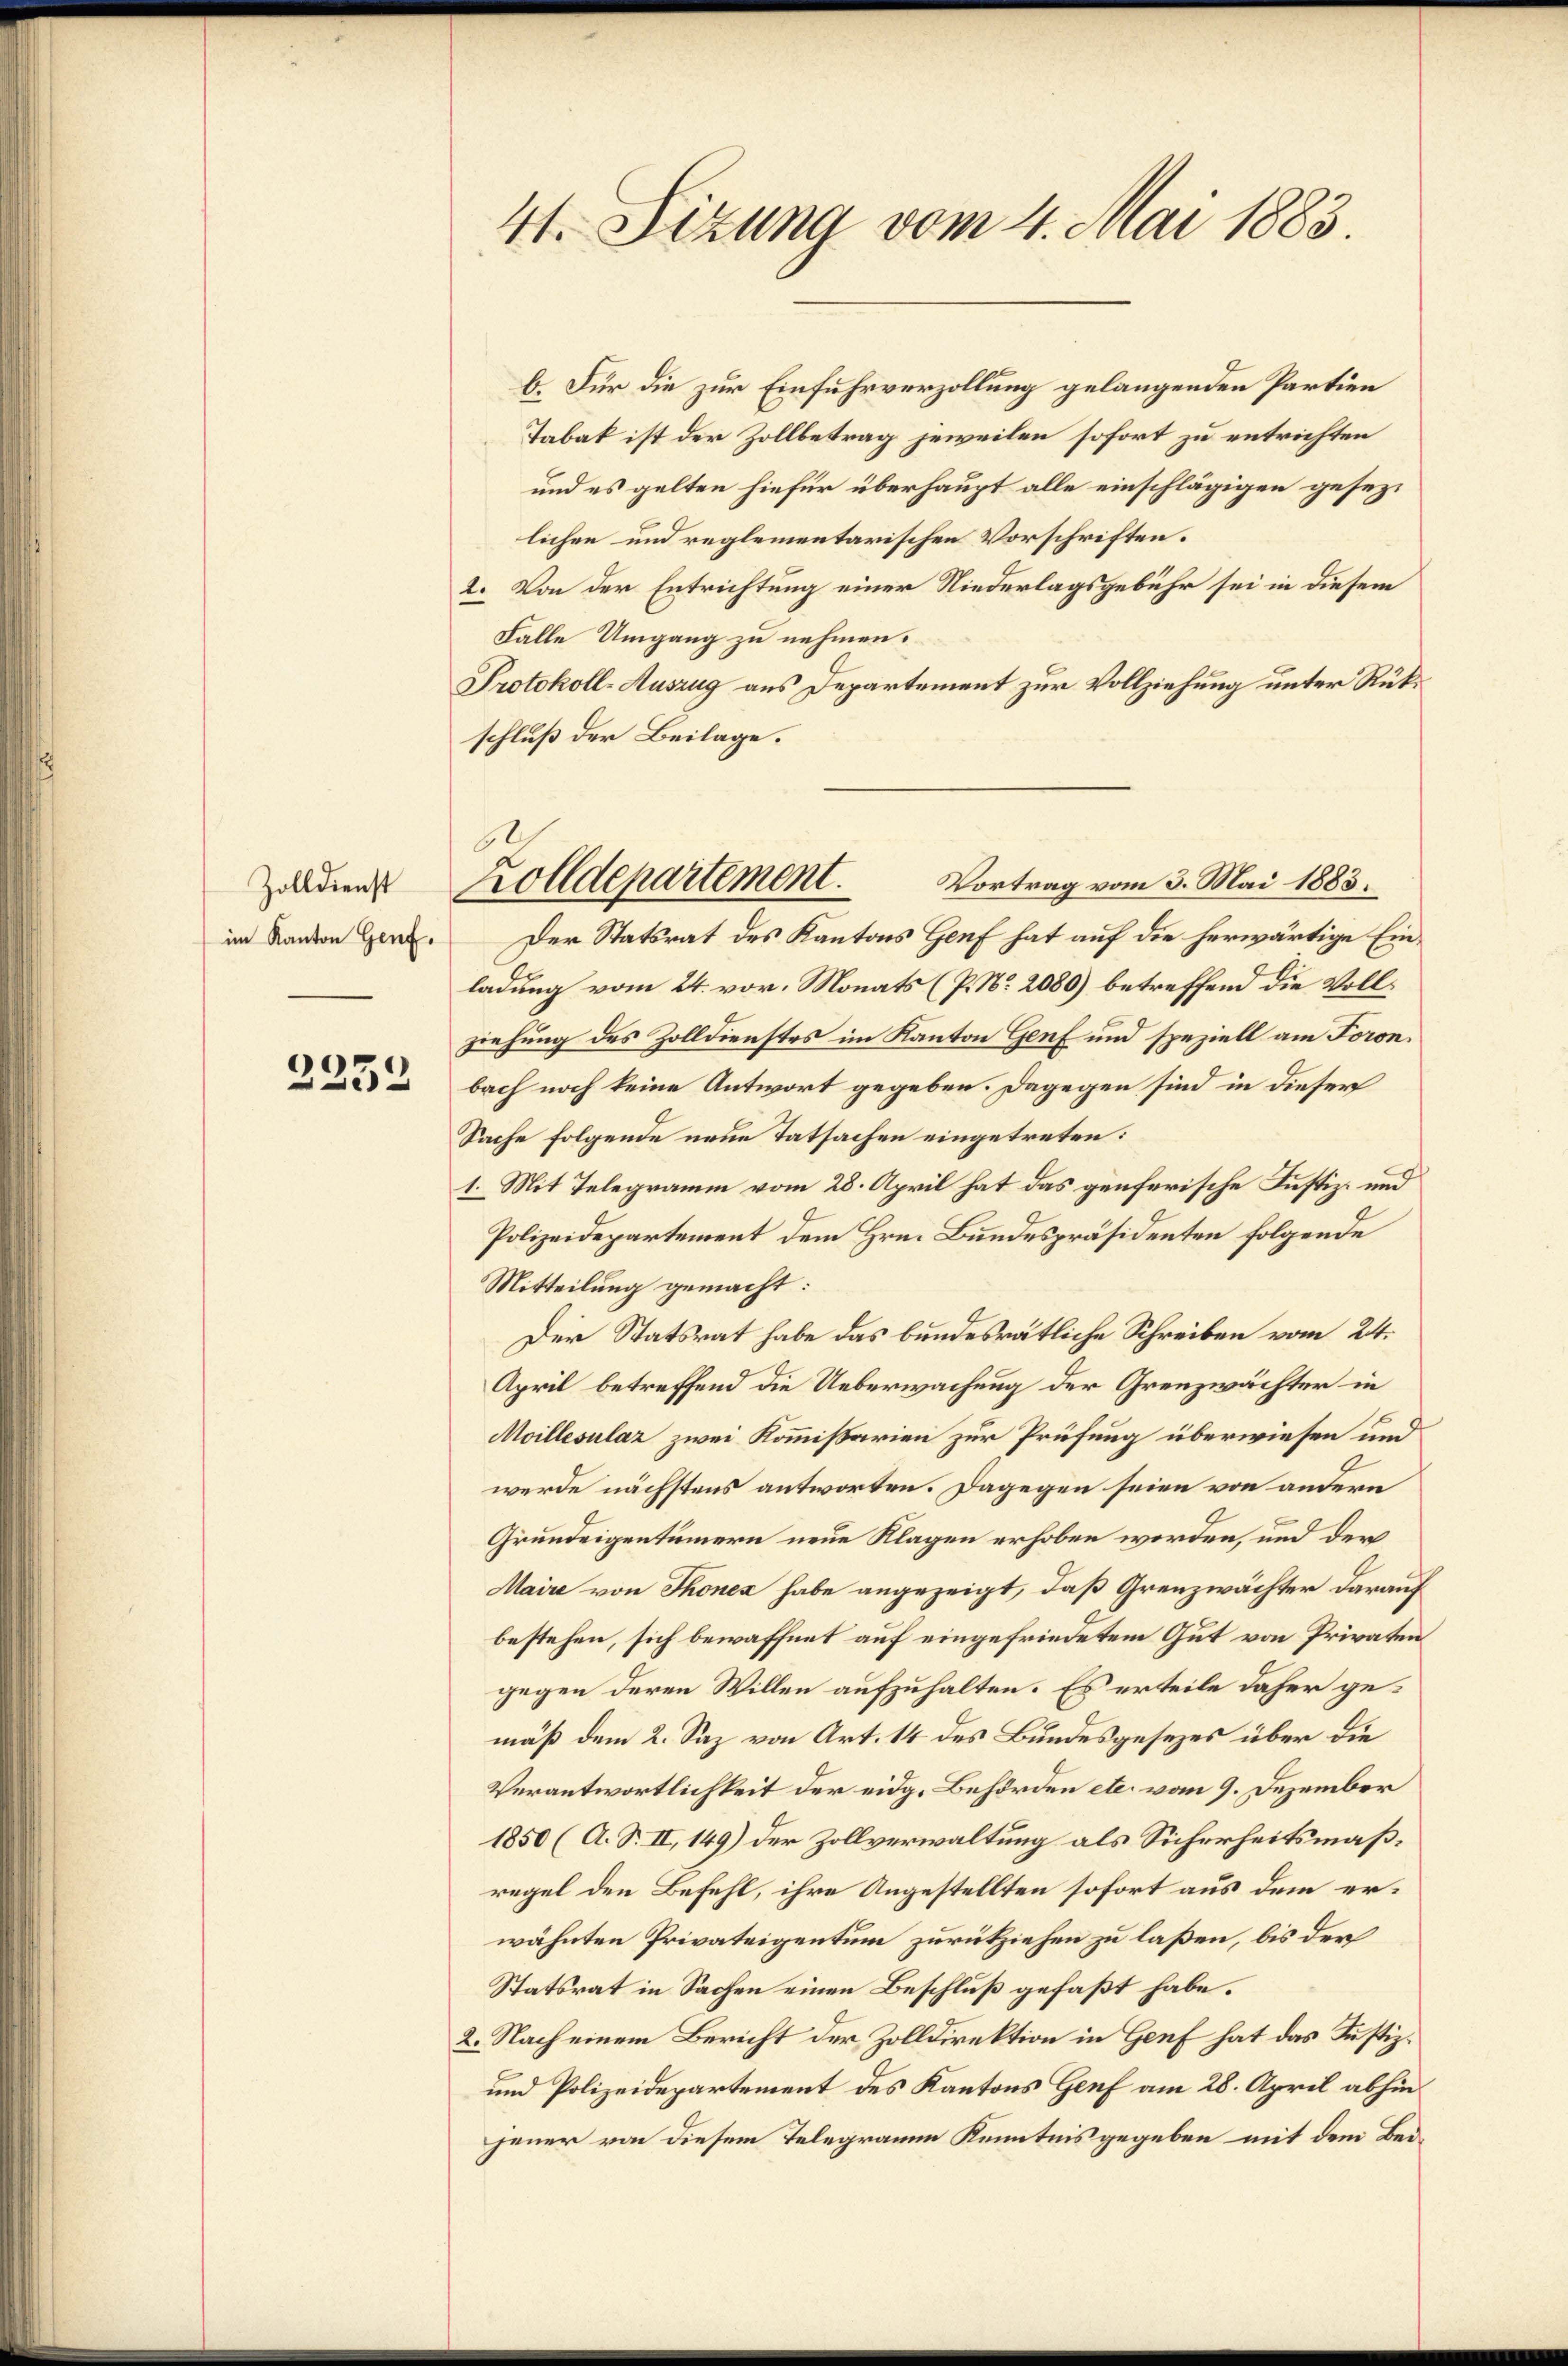
Zolldienst
im Kanton Genf.

2252

4t. Sizung vom 4. Mai 1883.

b. Für die zur Einfuhrverzollung gelangenden Partien
Tabak ist der Zollbetrag jeweilen sofort zu entrichten
und es gelten hiefür überhaupt alle einschlägigen gesezlichen und reglementarischen Vorschriften.
2. Von der Entrichtung einer Niederlagsgebühr sei in diesem
Falle Umgang zu nehmen.
Protokoll-Auszug aus Departement zur Vollziehung unter Rükschluß der Beilage.
Vortrag vom 3. Mai 1883.
ladung vom 24. vor. Monats (P. Nr. 2080) betreffend die Vollziehung des Zolldienstes im Kanton Genf und speziell am Foronbach noch keine Antwort gegeben. Dagegen sind in dieser
Sache Folgende neue Tatsachen eingetreten:
1. Mit Telegramm vom 28. April hat das genferische Justiz- und
Polizeidepartement dem Hrn. Bundespräsidenten folgende
Mitteilung gemacht:
Der Statsrat habe das bundesrätliche Schreiben vom 24.
April betreffend die Ueberwachung der Grenzwächter in
Moillesular zwei Kommißarien zur Prüfung überwiesen und
werde nächstens antworten. Dagegen seien von andern
Grundeigentümern neue Klagen erhoben worden, und der
Maire von Thonen habe angezeigt, daß Grenzwächter darauf
bestehen, sich bewaffnet auf eingefriedetem Gut von Privaten
gegen deren Willen aufzuhalten. Es erteile daher gemäß dem 2. Saz von Art. 14 des Bundesgesezes über die
Verantwortlichkeit der eidg. Behörden etc. vom 9. Dezember
1850 (A. S. II, 149) der Zollverwaltung als Sicherheitsmäßregel den Befehl, ihre Angestellten sofort aus dem erwähnten Privateigentum zurückziehen zu laßen, bis der
Statsrat in Sachen einen Beschluß gefaßt habe.
2. Nach einem Bericht der Zolldirektion in Genf hat das Justiz¬
und Polizeidepartement des Kantons Genf am 28. April abhin
jener von diesem Telegramm Kenntnis gegeben mit dem Bei¬

Zolldepartement.
Der Statsrat des Kantons Genf hat auf die herwärtige Ein¬